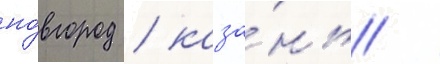
но́вгород / каза́нь /